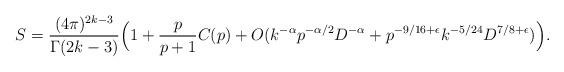
LaTeX: \begin{align*} S=\frac{(4\pi)^{2k-3}}{\Gamma(2k-3)}\Big(1+ \frac{p}{p+1}C(p)+ O( k^{-\alpha}p^{-\alpha/2}D^{-\alpha}+p^{-9/16+\epsilon} k^{-5/24} D^{7/8+\epsilon})\Big).\end{align*}